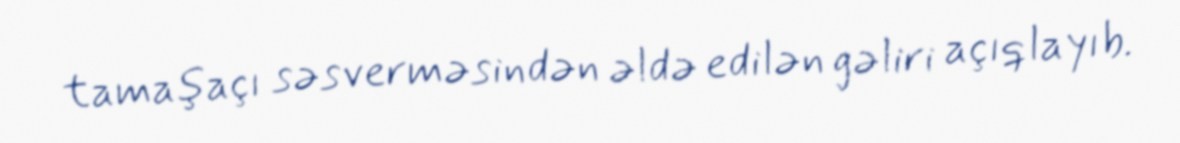
tamaşaçı səsverməsindən əldə edilən gəliri açıqlayıb.